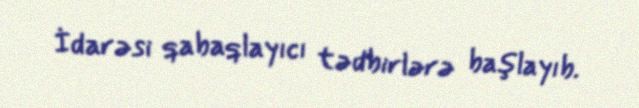
İdarəsi qabaqlayıcı tədbirlərə başlayıb.